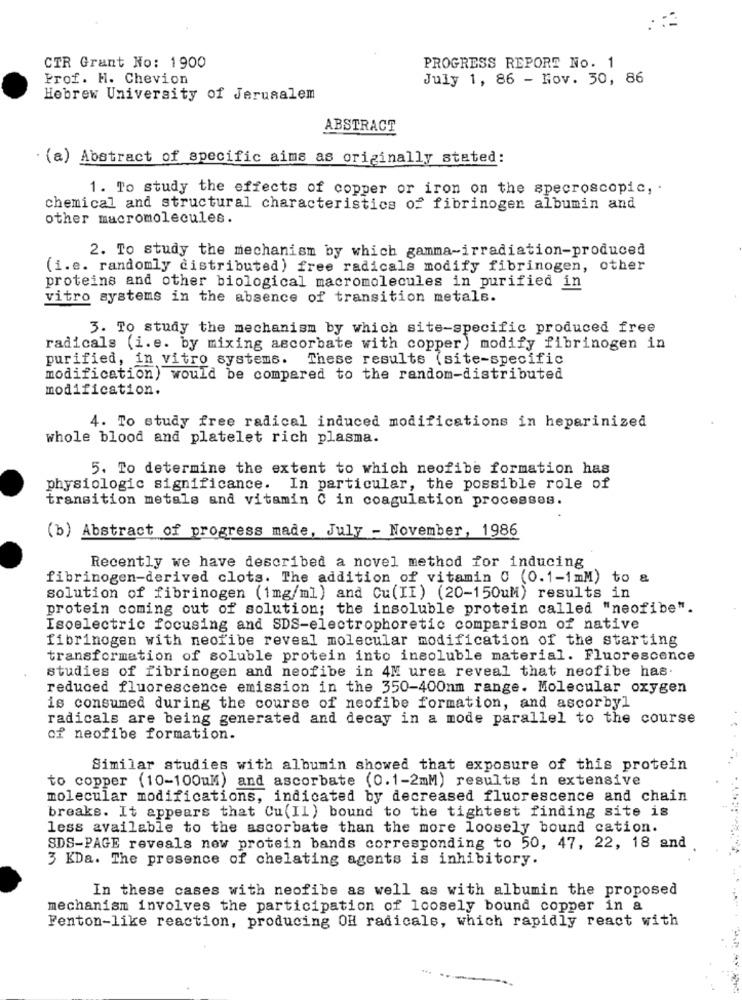
CTR Grant No: 1900
PROGRESS REPORT No. 1
Prof. H. Chevion
July 1, 86 - Nov. 30, 86
Hebrew University of Jerusalem
ABSTRACT
· (a) Abstract of specific aims as originally stated:
1. To study the effects of copper or iron on the specroscopic, .
chemical and structural characteristics of fibrinogen albumin and
other macromolecules.
2. To study the mechanism by which gamma-irradiation-produced
(i.e. randomly distributed) free radicals modify fibrinogen, other
proteins and other biological macromolecules in purified in
vitro systems in the absence of transition metals.
3. To study the mechanism by which site-specific produced free
radicals (i.e. by mixing ascorbate with copper) modify fibrinogen in
purified, in vitro systems. These results (site-specific
modification) would be compared to the random-distributed
modification.
4. To study free radical induced modifications in heparinized
whole blood and platelet rich plasma.
5. To determine the extent to which neofibe formation has
physiologic significance. In particular, the possible role of
transition metals and vitamin C in coagulation processes.
(b) Abstract of progress made, July - November, 1986
Recently we have described a novel method for inducing
fibrinogen-derived clots. The addition of vitamin 0 (0.1-1mM) to &
solution of fibrinogen (1mg/ml) and Cu(II) (20-150uM) results in
protein coming out of solution; the insoluble protein called "neofibe".
Isoelectric focusing and SDS-electrophoretic comparison of native
fibrinogen with neofibe reveal molecular modification of the starting
transformation of soluble protein into insoluble material. Fluorescence
studies of fibrinogen and neofibe in 4M urea reveal that neofibe has.
reduced fluorescence emission in the 350-400nm range. Molecular oxygen
is consumed during the course of neofibe formation, and ascorbyl
radicals are being generated and decay in a mode parallel to the course
of neofibe formation.
Similar studies with albumin showed that exposure of this protein
to copper (10-100uM) and ascorbate (0.1-2mM) results in extensive
molecular modifications, indicated by decreased fluorescence and chain
breaks. It appears that Cu(Il) bound to the tightest finding site is
less available to the ascorbate than the more loosely bound cation.
SDS-PAGE reveals new protein bands corresponding to 50, 47, 22, 18 and
3 KDa. The presence of chelating agents is inhibitory.
In these cases with neofibe as well as with albumin the proposed
mechanism involves the participation of loosely bound copper in a
Fenton-like reaction, producing OH radicals, which rapidly react with